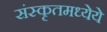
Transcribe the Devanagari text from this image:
संस्कृतमध्येये